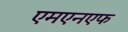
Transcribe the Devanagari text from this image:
एमएनएफ